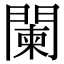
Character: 闌